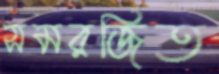
সমরজিত